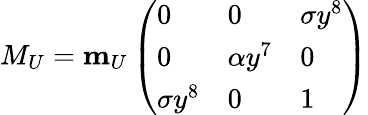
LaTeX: M_{U}={\mathbf m}_{U}\left(\begin{array}{lll}{{0}}&{{0}}&{{\sigma y^{8}}}\\ {{0}}&{{\alpha y^{7}}}&{{0}}\\ {{\sigma y^{8}}}&{{0}}&{{1}}\end{array}\right)